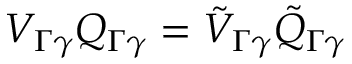
V _ { \Gamma \gamma } Q _ { \Gamma \gamma } = \tilde { V } _ { \Gamma \gamma } \tilde { Q } _ { \Gamma \gamma }